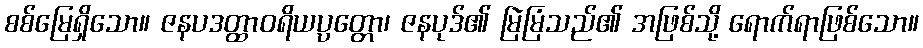
စစ်မြေရှိသော။ ဇနပဒတ္ထာဝရိယပ္ပတ္တော၊ ဇနပုဒ်၏ မြဲမြံသည်၏ အဖြစ်သို့ ရောက်ရာဖြစ်သော။